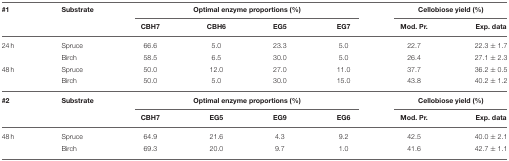
| #1 | Substrate | <COLSPAN=4> Optimal enzyme proportions (%) | <COLSPAN=2> Cellobiose yield (%) |
 |  |  | CBH7 | CBH6 | EG5 | EG7 | Mod. Pr. | Exp. data |
 | --- | --- | --- | --- | --- | --- | --- | --- |
 | 24 h | Spruce | 66.6 | 5.0 | 23.3 | 5.0 | 22.7 | 22.3 ± 1.7 |
 |  | Birch | 58.5 | 6.5 | 30.0 | 5.0 | 26.4 | 27.1 ± 2.3 |
 | 48 h | Spruce | 50.0 | 12.0 | 27.0 | 11.0 | 37.7 | 36.2 ± 0.5 |
 |  | Birch | 50.0 | 5.0 | 30.0 | 15.0 | 43.8 | 40.2 ± 1.2 |
 | #2 | Substrate | <COLSPAN=4> Optimal enzyme proportions (%) | <COLSPAN=2> Cellobiose yield (%) |
 |  |  | CBH7 | EG5 | EG9 | EG6 | Mod. Pr. | Exp. data |
 | 48 h | Spruce | 64.9 | 21.6 | 4.3 | 9.2 | 42.5 | 40.0 ± 2.1 |
 |  | Birch | 69.3 | 20.0 | 9.7 | 1.0 | 41.6 | 42.7 ± 1.1 |